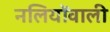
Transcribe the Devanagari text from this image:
नलियोंवाली